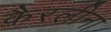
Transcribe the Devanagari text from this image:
कैरलीना